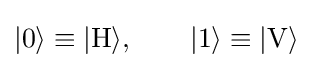
|0\rangle \equiv |\mathrm {H} \rangle ,\qquad |1\rangle \equiv |\mathrm {V} \rangle